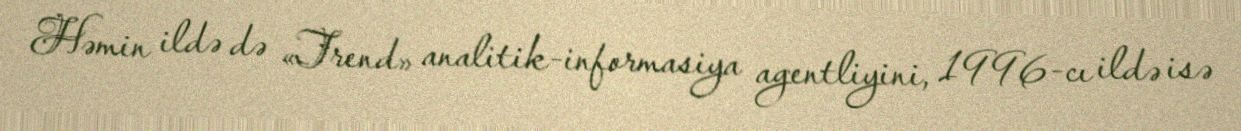
Həmin ildə də «Trend» analitik-informasiya agentliyini, 1996-cı ildə isə